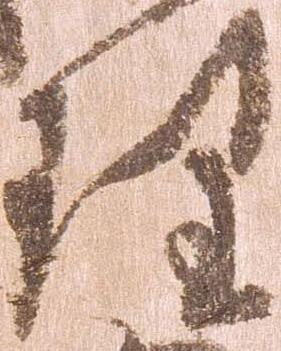
理